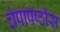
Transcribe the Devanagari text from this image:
चंपाषष्ठीस